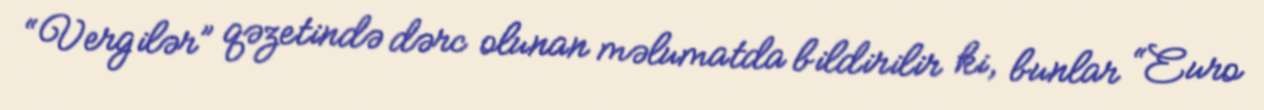
“Vergilər” qəzetində dərc olunan məlumatda bildirilir ki, bunlar “Euro